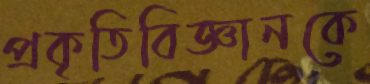
প্রকৃতিবিজ্ঞানকে